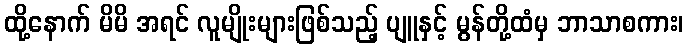
ထို့နောက် မိမိ အရင် လူမျိုးများဖြစ်သည့် ပျူနှင့် မွန်တို့ထံမှ ဘာသာစကား၊